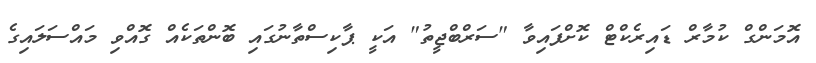
އޮމަންގް ކުމާރް ޑައިރެކްޓް ކޮށްފައިވާ "ސަރްބްޖީތު" އަކީ ޕާކިސްތާނުގައި ބޮންތަކެއް ގޮއްވި މައްސަލައިގެ